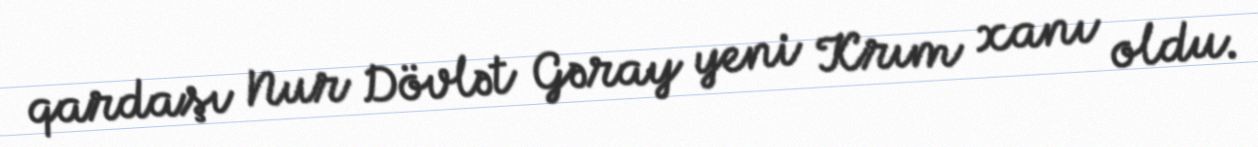
qardaşı Nur Dövlət Gəray yeni Krım xanı oldu.